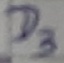
Text: D3